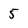
Character: 5